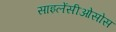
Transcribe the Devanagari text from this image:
साइलेंसीओसोस